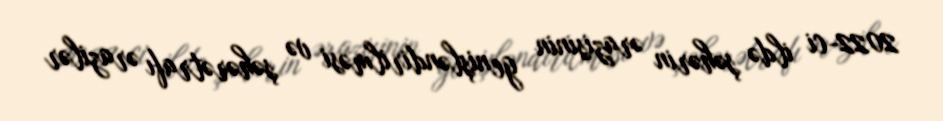
2022-ci ildə şəhərin ərazisinin genişləndirilməsi və şəhərətrafı ərazilər